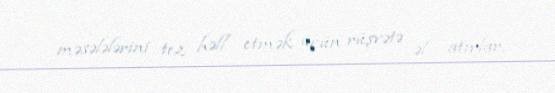
məsələlərini tez həll etmək üçün rüşvətə əl atırlar.